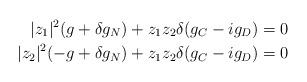
LaTeX: \begin{align*} |z_1|^2(g+ \delta g_N)+ z_1z_2 \delta (g_C -ig_D)&=0\\ |z_2|^2(-g+ \delta g_N)+ z_1z_2\delta (g_C -ig_D)&=0\end{align*}